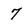
Character: 7